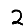
Digit: 2